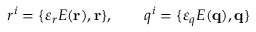
r ^ { i } = \{ \varepsilon _ { r } E ( { \bf r } ) , { \bf r \} } , \qquad q ^ { i } = \{ \varepsilon _ { q } E ( { \bf q } ) , { \bf q \} }